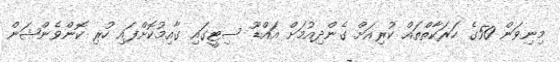
މިނިވަން 50ގެ ހަރަކާތްތައް ކުރިއަށް ގެންދިއުމަށް އައްޑޫ ސިޓީގައި ގާއިމުކޮށްފައި ހުރި ކޮންވެންޝަން